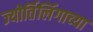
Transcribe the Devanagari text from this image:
ज्‍योर्तिलिंगाच्‍या